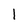
Character: 1